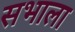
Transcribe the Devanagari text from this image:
सभाला